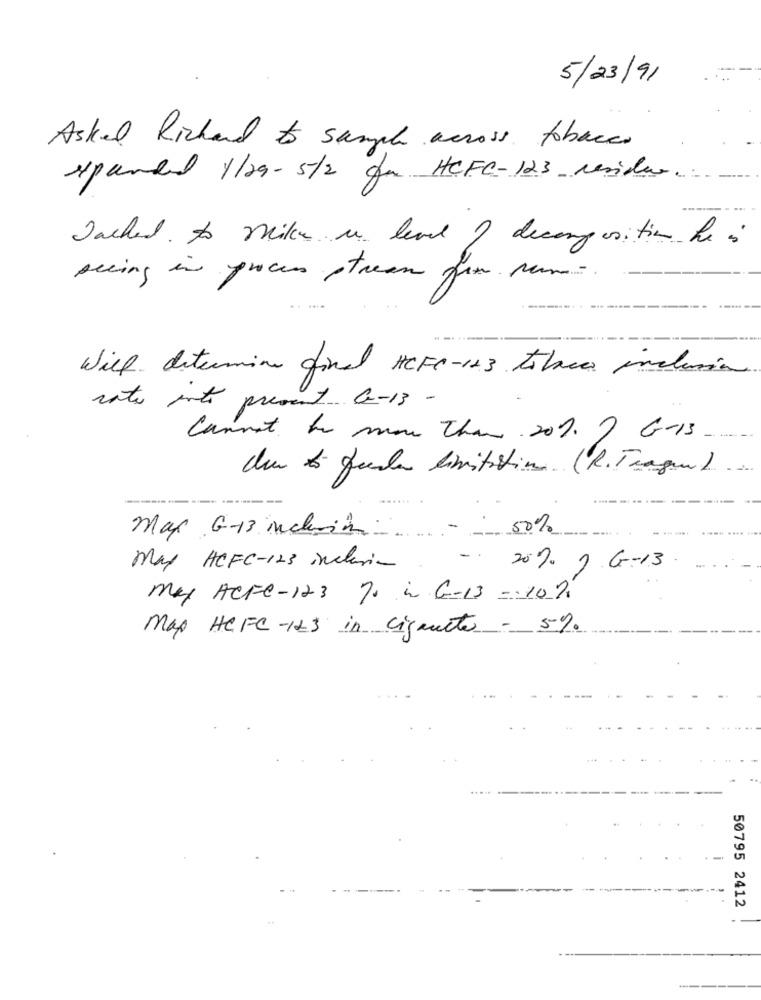
5/23/91
Asked Richard to sample across tobacco
expanded 1/29- 5/2 do HCFC-123 revider.
Jacked. to Mika in level ? decomposition he is
seeing in proces stream fox rum
Will determine final HCFC-123 tobacco inclusion
rate into present 6-13 -
Cannot to more than 201. 7 GIS
den to fauler limitation (R.Traque).
mas G-13 inclusion
50%
May HCFC-123 inclusion
- 20% ) G-13
my ACFe-123 70 in G-13 - 10%
Map HCFC-123 in ligante - 5%
50795 2412